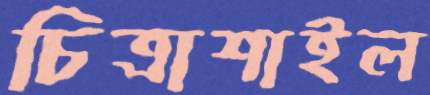
চিত্রাশাইল